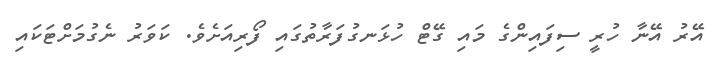
އޭރު އޭނާ ހުރީ ސިފައިންގެ މައި ގޭޓް ހުޅަނގުފަރާތުގައި ފޯރިއަށެވެ. ކަވަރު ނެގުމަށްޓަކައި